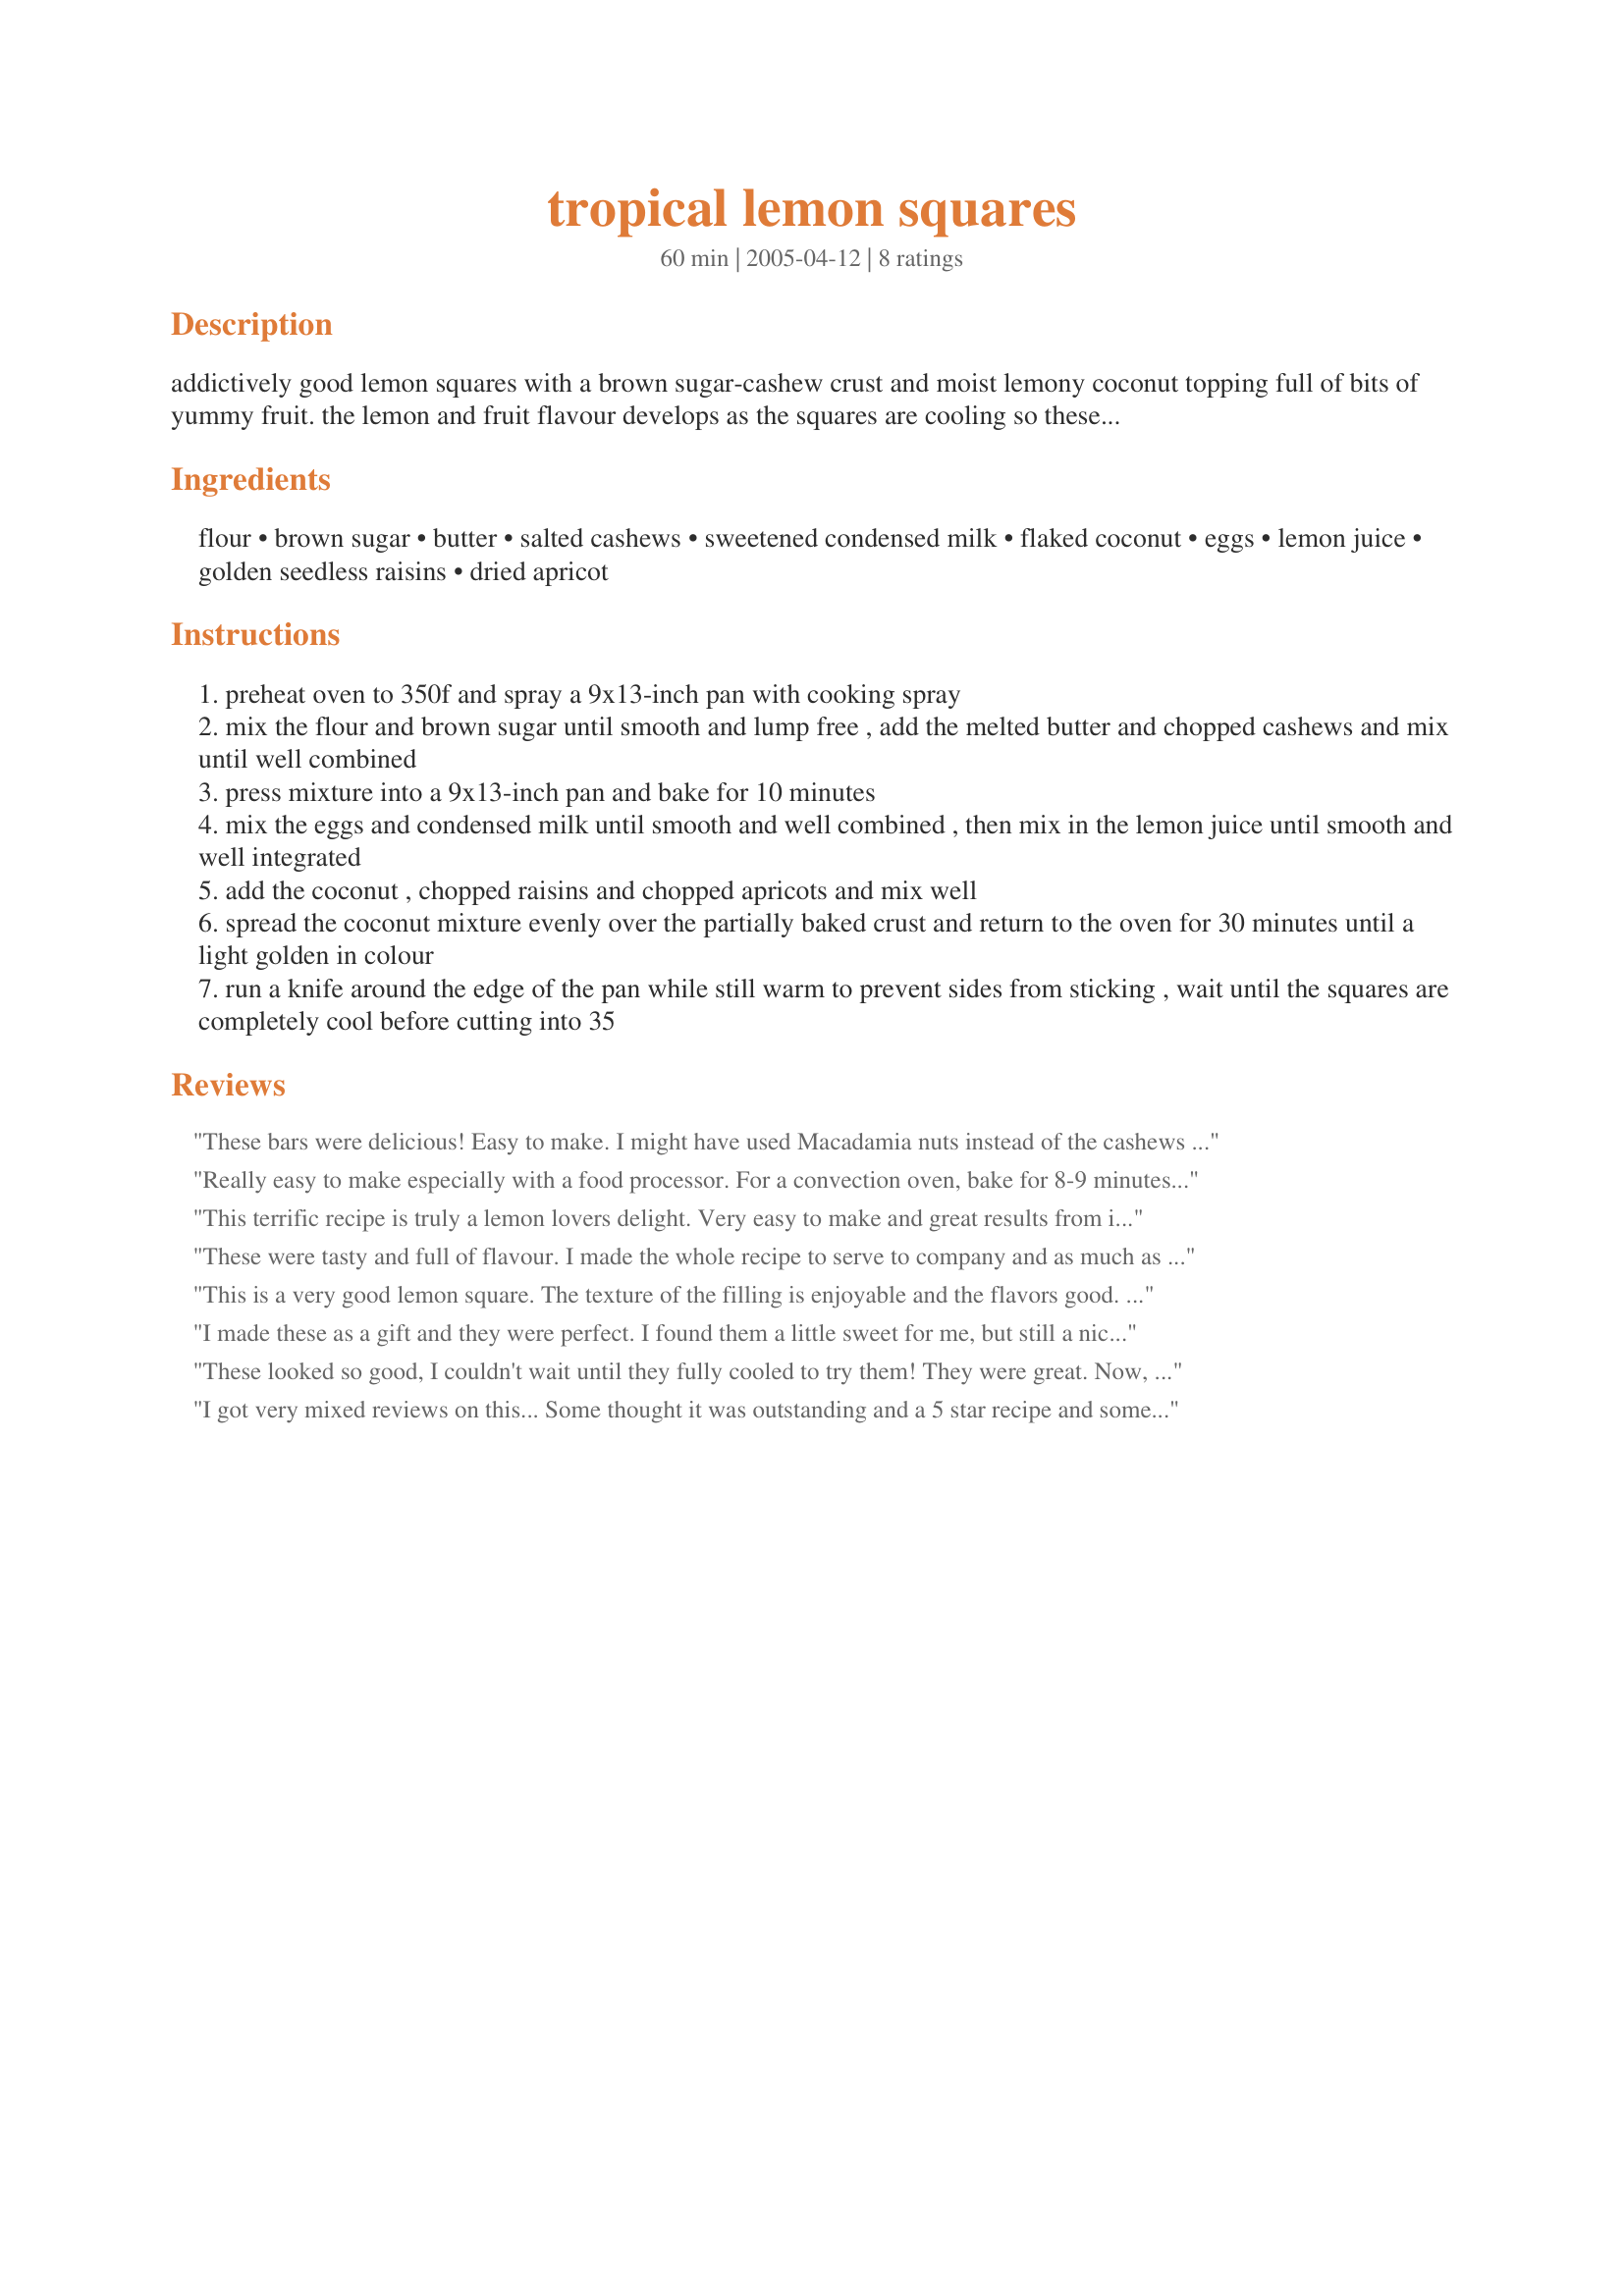
tropical lemon squares
Preparation time: 60 minutes

addictively good lemon squares with a brown sugar-cashew crust and moist lemony coconut topping full of bits of yummy fruit. the lemon and fruit flavour develops as the squares are cooling so these squares are better after they are out of the oven for several hours. i have no idea how long these squares will keep because they are always gone within a day or so! note: golden raisins are a lot softer than other types of raisins and don't leave hard chewy bits in the squares, substituting other types of raisins in this recipe would likely not have the same outcome. submitted for ready set cook winter 2005.

Ingredients:
flour, brown sugar, butter, salted cashews, sweetened condensed milk, flaked coconut, eggs, lemon juice, golden seedless raisins, dried apricot

Steps:
preheat oven to 350f and spray a 9x13-inch pan with cooking spray
mix the flour and brown sugar until smooth and lump free , add the melted butter and chopped cashews and mix until well combined
press mixture into a 9x13-inch pan and bake for 10 minutes
mix the eggs and condensed milk until smooth and well combined , then mix in the lemon juice until smooth and well integrated
add the coconut , chopped raisins and chopped apricots and mix well
spread the coconut mixture evenly over the partially baked crust and return to the oven for 30 minutes until a light golden in colour
run a knife around the edge of the pan while still warm to prevent sides from sticking , wait until the squares are completely cool before cutting into 35

Reviews:
These bars were delicious!
Easy to make.
I might have used Macadamia nuts instead of the cashews for the more "Tropical" taste.
But high on my list!
Really easy to make especially with a food processor. For a convection oven, bake for 8-9 minutes initially and then for 25 minutes.
Very nice and very sweet recipe.
This terrific recipe is truly a lemon lovers delight. Very easy to make and great results from items in the pantry. It has a nice creamy texture and cuts beautifully if you can wait for it to completely chill. LOL I did substitute a dried fruit blend containing apricots, pineapple, mango, & papaya for the dried apricots. (They were already chopped) I was very pleased with the results. Thank you chef!!
These were tasty and full of flavour. I made the whole recipe to serve to company and as much as people commented on them being yummy, there was alot left over, because as one of my guests said, "a little goes a long way because they are so rich'. Thank-you for an interesting and tasty treat.
This is a very good lemon square. The texture of the filling is enjoyable and the flavors good. I made this later at night and tried one warm, to compare with completely cooled, and agree with you: they do taste better after sitting for a while. After tasting them warm, cool, and room temp, I would have to say that it's a great flavor. However, there are a lot of ingredients to go in this and the flavor is still mostly lemon. The flavors didn't express themselves as well as I had hoped. The cashews in the crust were a great and tastey touch. The only problem I have with it was it was far too dry. It baked crumbly and even after chilling a large part of the crust simply crumbles off as I cut them. I've partially remedied this by dipping the cut part of the lemon filling into the pile of leftover crumbs, but I'm still sad to see so much crust unused. Overall, though it's a good recipe, I feel that it used a few ingredients that ended up being almost unnoticable (apricots and raisins) and I would add more butter to the crust, or even one egg to help it bind. Perhaps if I subbed more apricots for the raisins I would taste more than the lemon. Thanks for a good recipe!
I made these as a gift and they were perfect. I found them a little sweet for me, but still a nice dessert.
Thanks and good luck.
These looked so good, I couldn't wait until they fully cooled to try them! They were great. Now, I have to confess, I substituted regular raisins because they were all I had, and I was very pleased with the result. I took some pictures, which I will post, so you would know I made the substitution anyway, even if I hadn't told you. — Mar 5, 2005 (Sorry, just realized I somehow forgot the stars on this review!)
I got very mixed reviews on this... Some thought it was outstanding and a 5 star recipe and some didn't care for it at all. It was very strange how positive each side was. I think it was the texture. In all fairness I gave it 4 stars.
